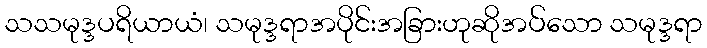
သသမုဒ္ဒပရိယာယံ၊ သမုဒ္ဒရာအပိုင်းအခြားဟုဆိုအပ်သော သမုဒ္ဒရာ